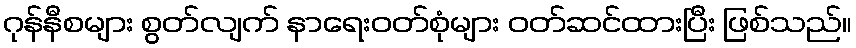
ဂုန်နီစများ စွတ်လျက် နာရေးဝတ်စုံများ ဝတ်ဆင်ထားပြီး ဖြစ်သည်။